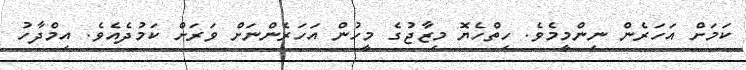
ކަމަށް އަހަރެން ނިންމީމެވެ. ހިތްހެޔޮ މިޒާޖުގެ މީހުން އަަހަރެންނަށް ވަރަށް ކަމުދެއެވެ. އިމްދާހު